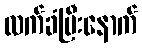
လက်ခံပြီးနောက်